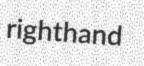
righthand